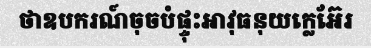
ថាឧបករណ៍ចុចបំផ្ទុះអាវុធនុយក្លេអ៊ែរ